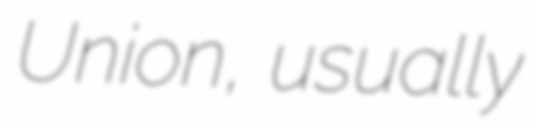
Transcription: Union, usually